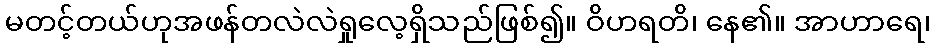
မတင့်တယ်ဟုအဖန်တလဲလဲရှုလေ့ရှိသည်ဖြစ်၍။ ဝိဟရတိ၊ နေ၏။ အာဟာရေ၊